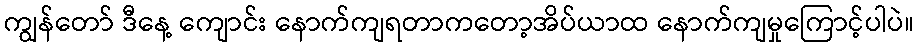
ကျွန်တော် ဒီနေ့ ကျောင်း နောက်ကျရတာကတော့အိပ်ယာထ နောက်ကျမှုကြောင့်ပါပဲ။